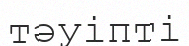
тәуіпті